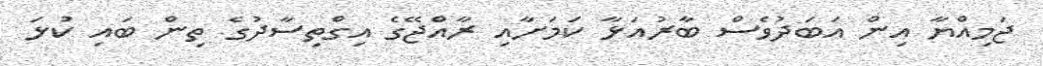
ޖަމިއްޔާ އިން އަބަދުވެސް ބާރުއަޅާ ކަމަށާއި ރާއްޖޭގެ އިގްތިސާދުގެ ތިން ބައި ކުޅަ